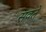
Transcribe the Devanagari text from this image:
सवते